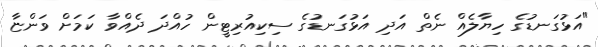
"އަޅުގަނޑުގެ ހިޔާލެއް ނެތް އަދި އަޅުގަނޑުގެ ސިކިއުރިޓީން ހުއްދަ ދެއްވާ ކަމަށް ވަންޏާ